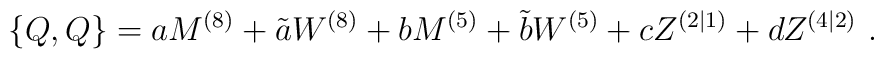
{}\{ Q, Q \} = a M^{(8)} + \tilde{a} W^{(8)} + b M^{(5)}   + \tilde{b} W^{(5)} + c Z^{(2|1)} + d Z^{(4|2)} \, \, .